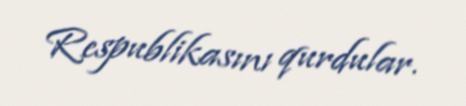
Respublikasını qurdular.